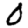
Digit: 0